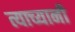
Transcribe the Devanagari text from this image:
त्याच्यानी